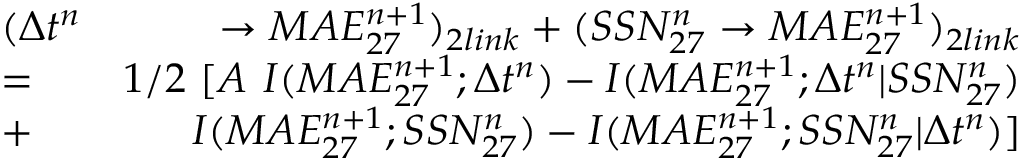
\begin{array} { r l r } & { \large ( \Delta t ^ { n } } & { \rightarrow M A E _ { 2 7 } ^ { n + 1 } \large ) _ { 2 l i n k } + \large ( S S N _ { 2 7 } ^ { n } \rightarrow M A E _ { 2 7 } ^ { n + 1 } \large ) _ { 2 l i n k } } \\ & { = } & { 1 / 2 \ \large [ A \ I ( M A E _ { 2 7 } ^ { n + 1 } ; \Delta t ^ { n } ) - I ( M A E _ { 2 7 } ^ { n + 1 } ; \Delta t ^ { n } | S S N _ { 2 7 } ^ { n } ) } \\ & { + } & { I ( M A E _ { 2 7 } ^ { n + 1 } ; S S N _ { 2 7 } ^ { n } ) - I ( M A E _ { 2 7 } ^ { n + 1 } ; S S N _ { 2 7 } ^ { n } | \Delta t ^ { n } ) \large ] } \end{array}